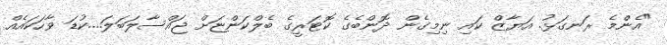
"އެންމެ ރަނގަޅު. އަޔާޒް ކައި ނިމިގެން ދޮންބެގެ ކޮޓަރީގެ ބެލްކަންޏަށް ޖައްސާލަބަލަ....ކުޑަ ވާހަކައެއް